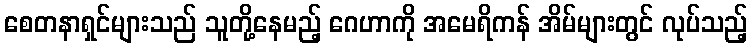
စေတနာရှင်များသည် သူတို့နေမည့် ဂေဟာကို အမေရိကန် အိမ်များတွင် လုပ်သည့်